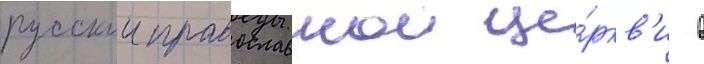
русскои православнои це́ркв'и в